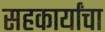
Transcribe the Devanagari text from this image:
सहकार्यांचा